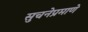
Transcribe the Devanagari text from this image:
सुचनेप्रमाणे